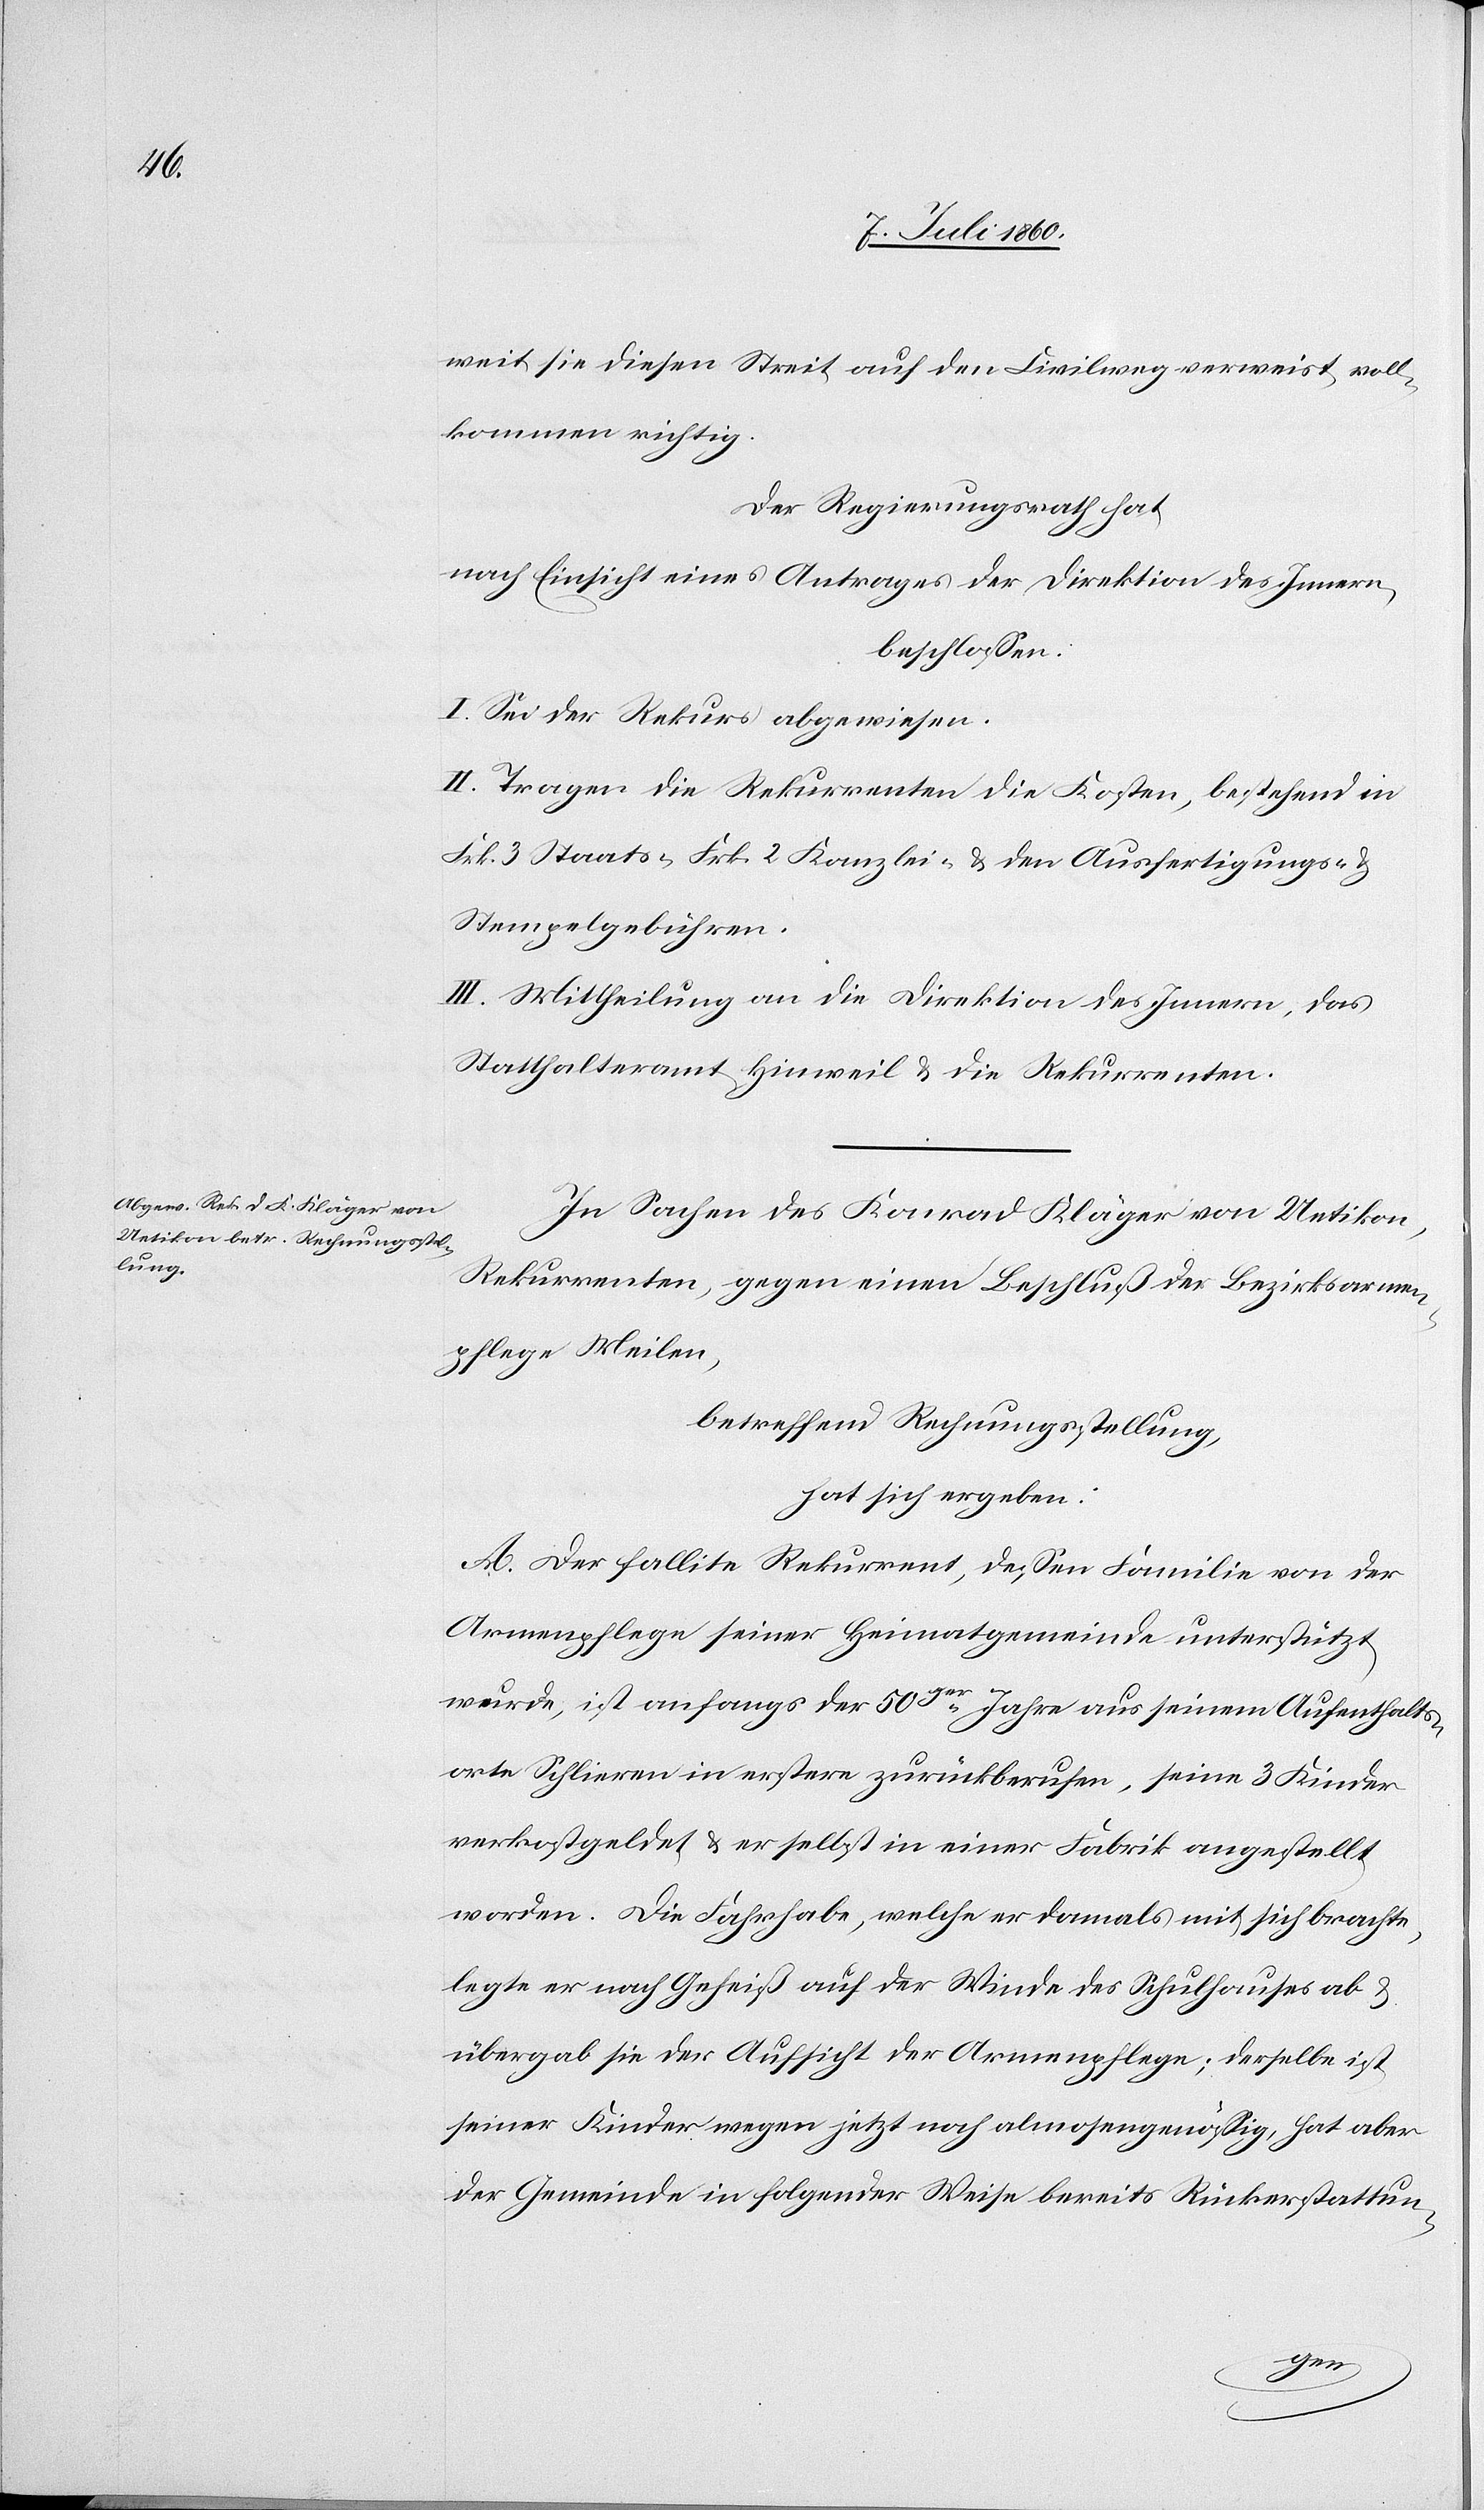
weit sie diesen Streit auf den Civilweg verweist, voll¬
kommen richtig.
Der Regierungsrath hat
nach Einsicht eines Antrages der Direktion des Innern,
beschlossen:
I. Sei der Rekurs abgewiesen.
II. Tragen die Rekurrenten die Kosten, bestehend in
Frk. 3 Staats- Frk. 2 Kanzlei- & den Ausfertigungs- &
Stempelgebühren.
III. Mittheilung an die Direktion des Innern, das
Statthalteramt Hinweil & die Rekurrenten.
In Sachen des Konrad Kläger von Uetikon,
Rekurrenten, gegen einen Beschluß der Bezirksarmen¬
pflege Meilen,
betreffend Rechnungsstellung,
hat sich ergeben:
A. Der fallite Rekurrent, dessen Familie von der
Armenpflege seiner Heimatgemeinde unterstützt
wurde, ist Anfangs der 50ger Jahre aus seinem Aufenthalts¬
orte Schlieren in erstere zurückberufen, seine 3 Kinder
verkostgeldet & er selbst in einer Fabrik angestellt
worden. Die Fahrhabe, welche er damals mit sich brachte,
legte er nach Geheiß auf der Winde des Schulhauses ab &
übergab sie der Aufsicht der Armenpflege; derselbe ist
seiner Kinder wegen jetzt noch allmosengenössig, hat aber
der Gemeinde in folgender Weise bereits Rückerstattun-